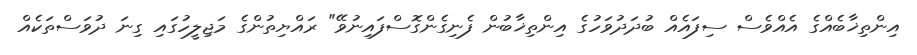
އިންތިޚާބެއްގެ އެއްވެސް ސިފައެއް ބުދަދުވަހުގެ އިންތިޚާބުން ފެނިގެންގޮސްފައިނުވޭ" ރައްޔިތުންގެ މަޖިލީހުގައި ގިނަ ދުވަސްތަކެއް